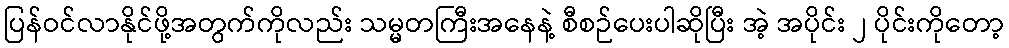
ပြန်ဝင်လာနိုင်ဖို့အတွက်ကိုလည်း သမ္မတကြီးအနေနဲ့ စီစဉ်ပေးပါဆိုပြီး အဲ့ အပိုင်း ၂ ပိုင်းကိုတော့